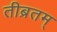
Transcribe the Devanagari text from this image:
तीब्रतम्